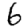
Digit: 6